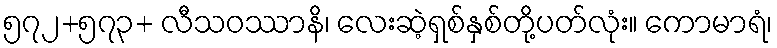
၅၇၂+၅၇၃+ လီသဝဿာနိ၊ လေးဆဲ့ရှစ်နှစ်တို့ပတ်လုံး။ ကောမာရံ၊